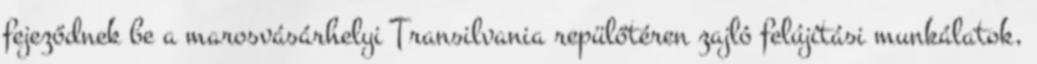
fejeződnek be a marosvásárhelyi Transilvania repülőtéren zajló felújítási munkálatok,